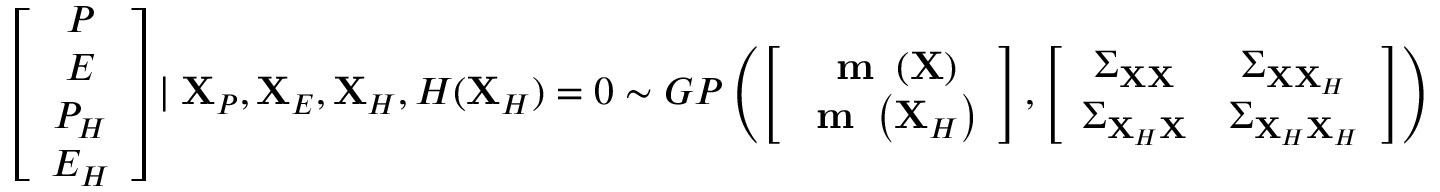
\left[ \begin{array} { c } { P } \\ { E } \\ { P _ { H } } \\ { E _ { H } } \end{array} \right] \mid \mathbf { X } _ { P } , \mathbf { X } _ { E } , \mathbf { X } _ { H } , H ( \mathbf { X } _ { H } ) = 0 \sim G P \left( \left[ \begin{array} { c } { \textbf { m } \left( \mathbf { X } \right) } \\ { \textbf { m } \left( \mathbf { X } _ { H } \right) } \end{array} \right] , \left[ \begin{array} { c c } { \boldsymbol { \Sigma } _ { \mathbf { X } \mathbf { X } } } & { \boldsymbol { \Sigma } _ { \mathbf { X } \mathbf { X } _ { H } } } \\ { \boldsymbol { \Sigma } _ { \mathbf { X } _ { H } \mathbf { X } } } & { \boldsymbol { \Sigma } _ { \mathbf { X } _ { H } \mathbf { X } _ { H } } } \end{array} \right] \right)